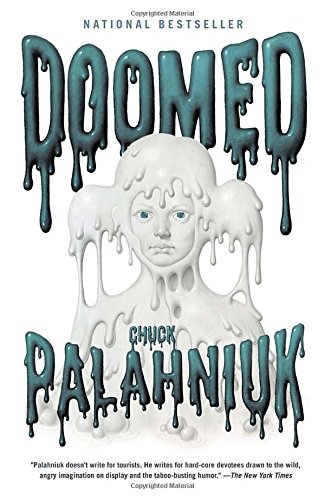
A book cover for Doomed; Chuck Palahniuk; Literature & Fiction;